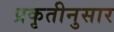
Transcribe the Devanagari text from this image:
प्रकृतीनुसार